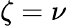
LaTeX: \zeta=\nu